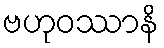
ဗဟုဝဿာနိ